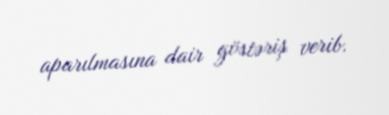
aparılmasına dair göstəriş verib.